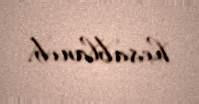
hesablanıb.